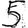
Digit: 5